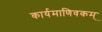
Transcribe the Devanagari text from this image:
कार्यमाणिवकम्